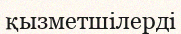
қызметшілерді